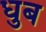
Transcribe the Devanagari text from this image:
धुब